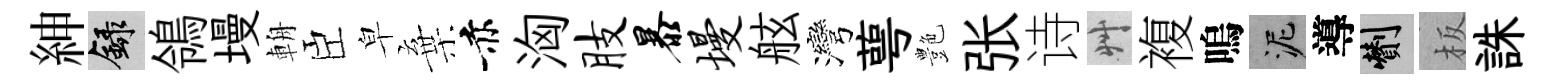
紳録鴒墁輈臣皁棄赤洶肢暴墁舷灣萼艶张诗艸複嗚泥導剪板誅